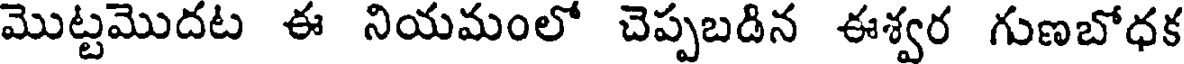
మొట్టమొదట ఈ నియమంలో చెప్పబడిన ఈశ్వర గుణబోధక